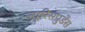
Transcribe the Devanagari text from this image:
ज्यूरिसप्रुडेंस